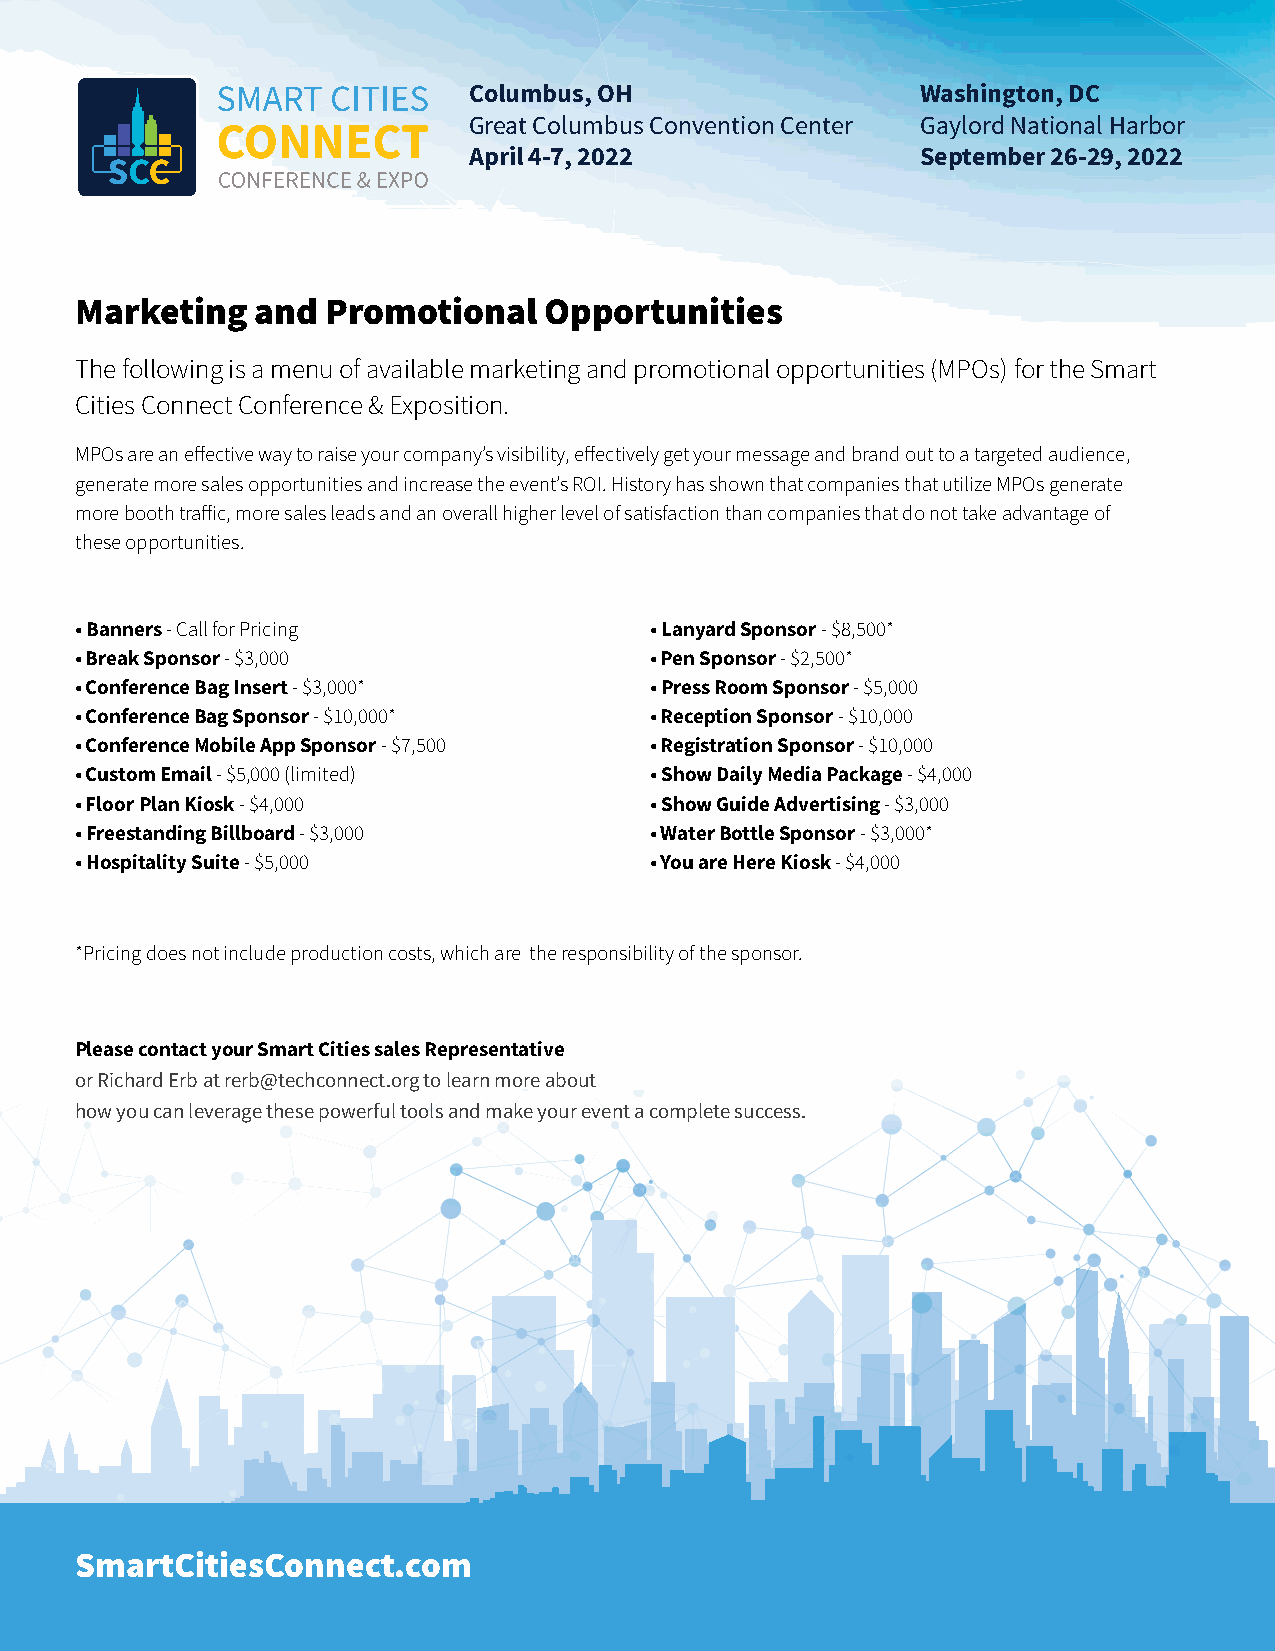
Columbus, OH                  Washington, DC
 Great Columbus Convention Center Gaylord National Harbor
 April 4-7, 2022               September 26-29, 2022
 Marketing   and  Promotional   Opportunities
 The following is a menu of available marketing and promotional opportunities (MPOs) for the Smart
 Cities Connect Conference & Exposition.
 MPOs are an effective way to raise your company’s visibility, effectively get your message and brand out to a targeted audience,
 generate more sales opportunities and increase the event’s ROI. History has shown that companies that utilize MPOs generate
 more booth traffic, more sales leads and an overall higher level of satisfaction than companies that do not take advantage of
 these opportunities.
 • Banners - Call for Pricing          • Lanyard Sponsor - $8,500*
 • Break Sponsor - $3,000              • Pen Sponsor - $2,500*
 • Conference Bag Insert - $3,000*     • Press Room Sponsor - $5,000
 • Conference Bag Sponsor - $10,000*   • Reception Sponsor - $10,000
 • Conference Mobile App Sponsor - $7,500 • Registration Sponsor - $10,000
 • Custom Email - $5,000 (limited)     • Show Daily Media Package - $4,000
 • Floor Plan Kiosk - $4,000           • Show Guide Advertising - $3,000
 • Freestanding Billboard - $3,000     • Water Bottle Sponsor - $3,000*
 • Hospitality Suite - $5,000          • You are Here Kiosk - $4,000
 *Pricing does not include production costs, which are the responsibility of the sponsor.
 Please contact your Smart Cities sales Representative
 or Richard Erb at rerb@techconnect.org to learn more about
 how you can leverage these powerful tools and make your event a complete success.
 SmartCitiesConnect.com